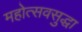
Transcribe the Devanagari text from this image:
महोत्सवसुद्धा